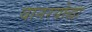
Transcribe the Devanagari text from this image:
वानरयोद्धा